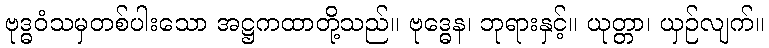
ဗုဒ္ဓဝံသမှတစ်ပါးသော အဋ္ဌကထာတို့သည်။ ဗုဒ္ဓေန၊ ဘုရားနှင့်။ ယုတ္တာ၊ ယှဉ်လျက်။